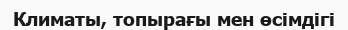
Климаты, топырағы мен өсімдігі